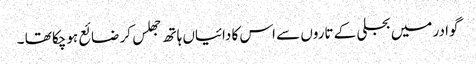
گوادر میں بجلی کے تاروں سے اس کا دائیاں ہاتھ جھلس کر ضائع ہوچکا تھا ۔